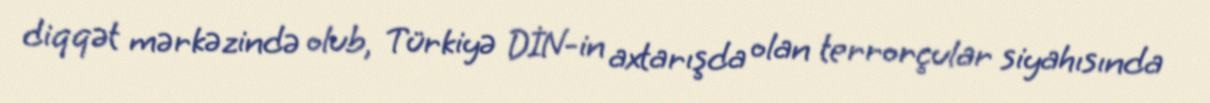
diqqət mərkəzində olub, Türkiyə DİN-in axtarışda olan terrorçular siyahısında